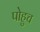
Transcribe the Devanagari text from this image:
पोहुच